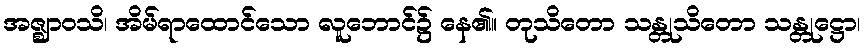
အဇ္ဈာဝသိ၊ အိမ်ရာထောင်သော လူဘောင်၌ နေ၏။ တုသိတော သန္တုသိတော သန္တုဋ္ဌော၊